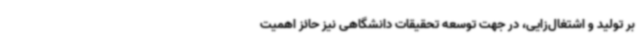
بر تولید و اشتغال‌زایی، در جهت توسعه تحقیقات دانشگاهی نیز حائز اهمیت